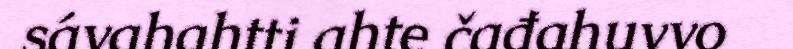
sávahahtti ahte čađahuvvo